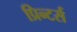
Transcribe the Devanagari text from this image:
प्रिन्टर्स